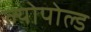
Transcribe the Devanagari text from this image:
ल्योपोल्ड